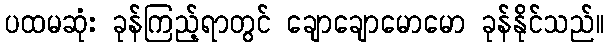
ပထမဆုံး ခုန်ကြည့်ရာတွင် ချောချောမောမော ခုန်နိုင်သည်။